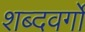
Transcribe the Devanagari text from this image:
शब्दवर्गों